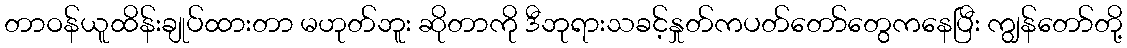
တာဝန်ယူထိန်းချုပ်ထားတာ မဟုတ်ဘူး ဆိုတာကို ဒီဘုရားသခင့်နှုတ်ကပတ်တော်တွေကနေပြီး ကျွန်တော်တို့